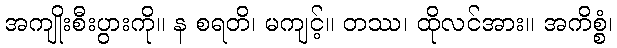
အကျိုးစီးပွားကို။ န စရတိ၊ မကျင့်။ တဿ၊ ထိုလင်အား။ အကိစ္စံ၊